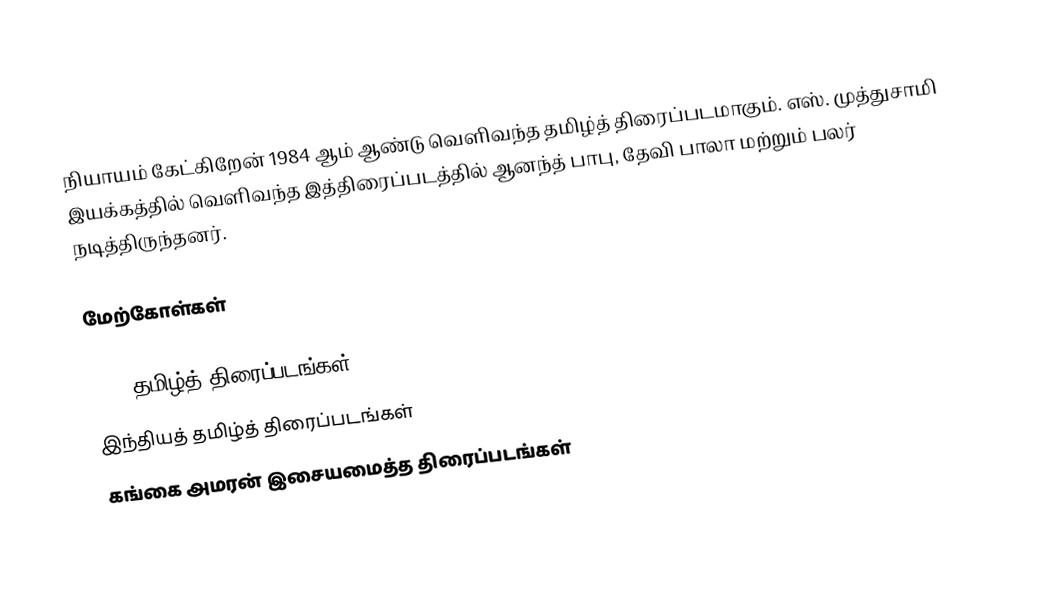
நியாயம் கேட்கிறேன் 1984 ஆம் ஆண்டு வெளிவந்த தமிழ்த் திரைப்படமாகும். எஸ். முத்துசாமி இயக்கத்தில் வெளிவந்த இத்திரைப்படத்தில் ஆனந்த் பாபு, தேவி பாலா மற்றும் பலர் நடித்திருந்தனர்.

மேற்கோள்கள்

1984 தமிழ்த் திரைப்படங்கள்
இந்தியத் தமிழ்த் திரைப்படங்கள்
கங்கை அமரன் இசையமைத்த திரைப்படங்கள்